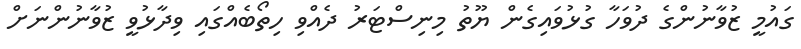
ގައުމީ ޒުވާނުންގެ ދުވަހާ ގުޅުވައިގެން ޔޫތު މިނިސްޓަރު ދެއްވި ހިތޯބެއްގައި ވިދާޅުވީ ޒުވާނުންނަށް